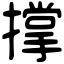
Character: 撑